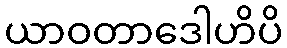
ယာဝတာဒေါဟိပိ